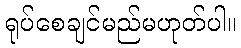
ရုပ်စေချင်မည်မဟုတ်ပါ။